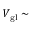
V _ { \mathrm { g l } } \sim